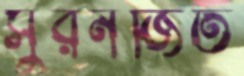
সুরনজিত